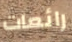
رائعات